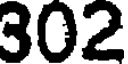
302